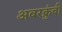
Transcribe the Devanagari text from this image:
अबरक्रुंबी